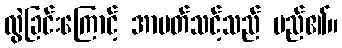
လွဲခြင်းကြောင့် အာပတ်သင့်သည် မည်၏။